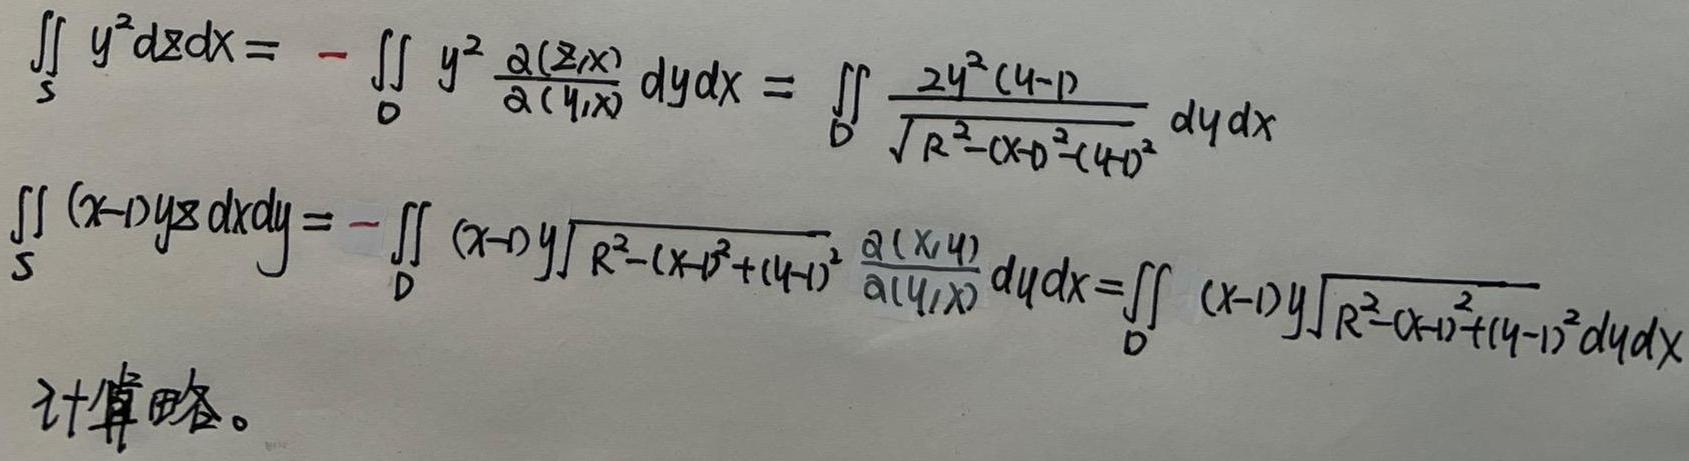
\[
\begin{align*}
\iint_{S} y^{2} dz dx&=-\iint_{D} y^{2} \frac{\partial(z,x)}{\partial(y,x)} dy dx=\iint_{D} \frac{2y^{2}(y - 1)}{\sqrt{R^{2}-(x - 1)^{2}-(y - 1)^{2}}} dy dx\\
\iint_{S} (x - 1)yz dxdy&=-\iint_{D} (x - 1)y\sqrt{R^{2}-(x - 1)^{2}+(y - 1)^{2}} \frac{\partial(x,y)}{\partial(y,x)} dy dx=\iint_{D} (x - 1)y\sqrt{R^{2}-(x - 1)^{2}+(y - 1)^{2}} dy dx
\end{align*}
\]
计算略。